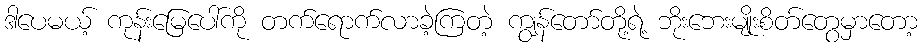
ဒါပေမယ့် ကုန်းမြေပေါ်ကို တက်ရောက်လာခဲ့ကြတဲ့ ကျွန်တော်တို့ရဲ့ ဘိုးဘေးမျိုးစိတ်တွေမှာတော့